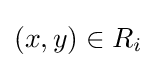
(x,y)\in R_{i}